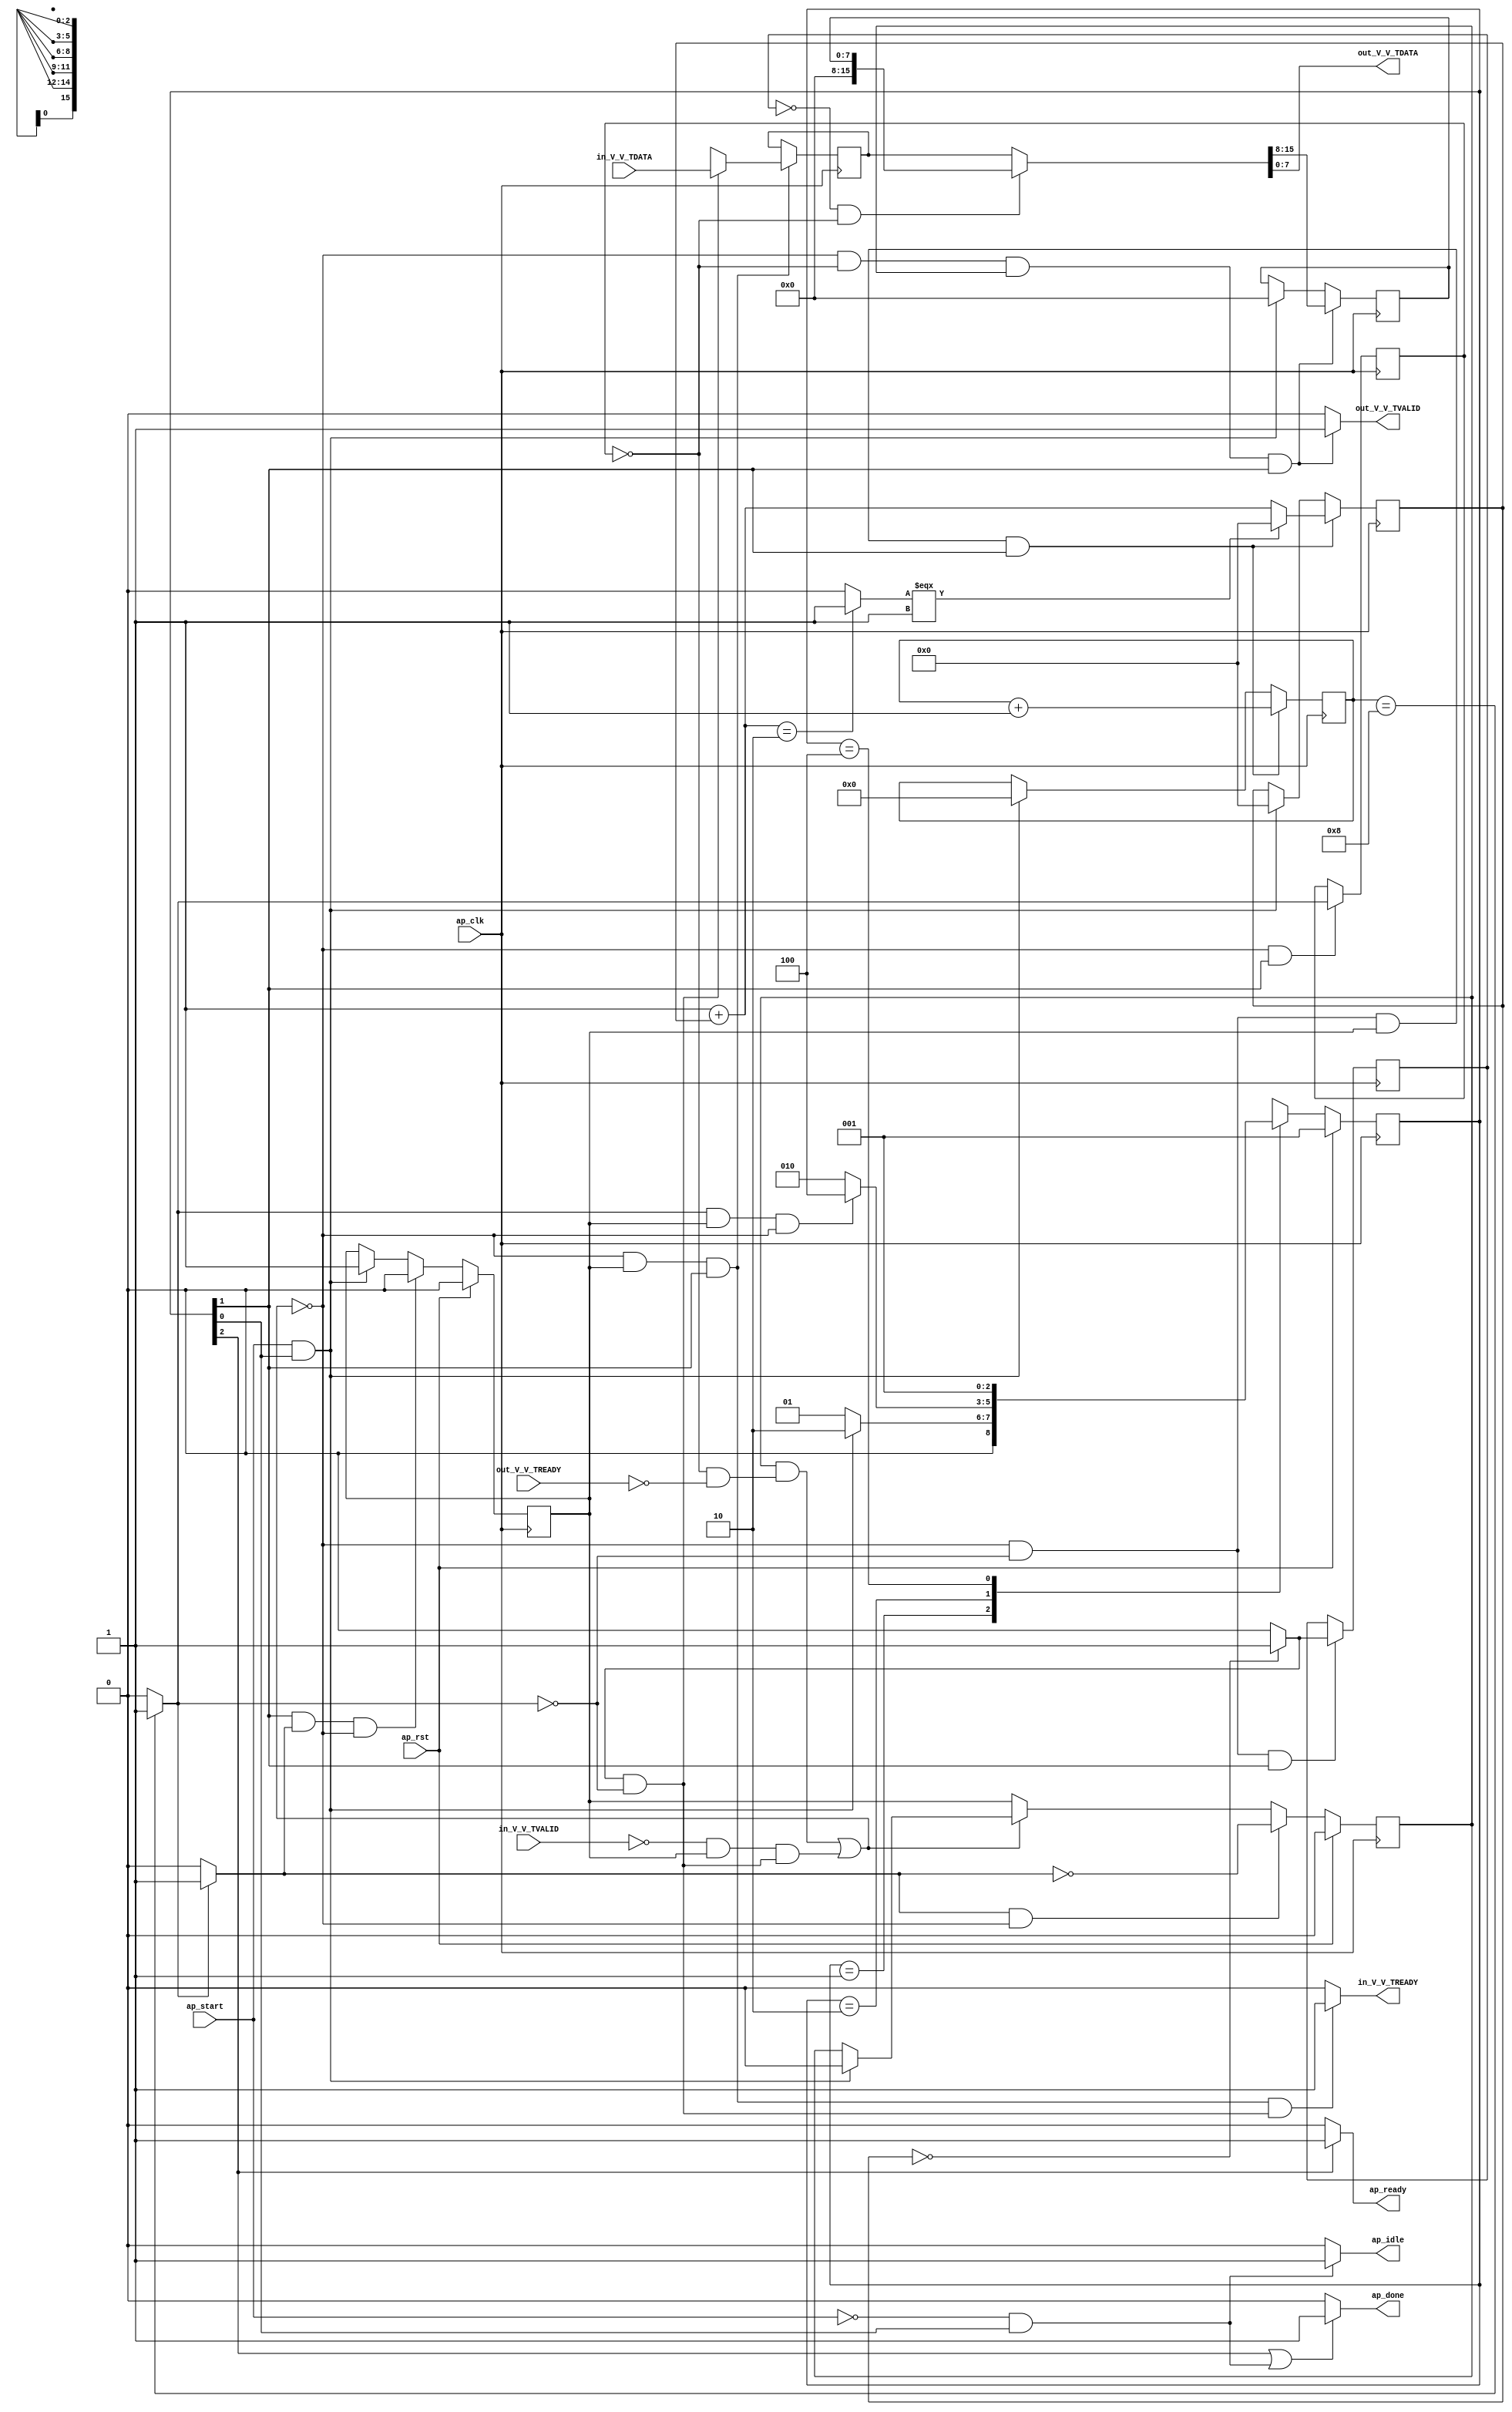
// ==============================================================
// RTL generated by Vivado(TM) HLS - High-Level Synthesis from C, C++ and OpenCL
// Version: 2020.1
// Copyright (C) 1986-2020 Xilinx, Inc. All Rights Reserved.
// 
// ===========================================================

`timescale 1 ns / 1 ps 

module StreamingDataWidthConverter_Batch_0_StreamingDataWidthCo_1 (
        ap_clk,
        ap_rst,
        ap_start,
        ap_done,
        ap_idle,
        ap_ready,
        in_V_V_TDATA,
        in_V_V_TVALID,
        in_V_V_TREADY,
        out_V_V_TDATA,
        out_V_V_TVALID,
        out_V_V_TREADY
);

parameter    ap_ST_fsm_state1 = 3'd1;
parameter    ap_ST_fsm_pp0_stage0 = 3'd2;
parameter    ap_ST_fsm_state4 = 3'd4;

input   ap_clk;
input   ap_rst;
input   ap_start;
output   ap_done;
output   ap_idle;
output   ap_ready;
input  [15:0] in_V_V_TDATA;
input   in_V_V_TVALID;
output   in_V_V_TREADY;
output  [7:0] out_V_V_TDATA;
output   out_V_V_TVALID;
input   out_V_V_TREADY;

reg ap_done;
reg ap_idle;
reg ap_ready;
reg in_V_V_TREADY;
reg out_V_V_TVALID;

(* fsm_encoding = "none" *) reg   [2:0] ap_CS_fsm;
wire    ap_CS_fsm_state1;
reg    in_V_V_TDATA_blk_n;
wire    ap_CS_fsm_pp0_stage0;
reg    ap_enable_reg_pp0_iter0;
wire    ap_block_pp0_stage0;
wire   [0:0] icmp_ln476_fu_104_p2;
wire   [0:0] icmp_ln479_fu_116_p2;
reg    out_V_V_TDATA_blk_n;
reg    ap_enable_reg_pp0_iter1;
reg   [0:0] icmp_ln476_reg_162;
reg   [7:0] p_025_0_reg_61;
reg   [31:0] o_0_reg_73;
reg   [3:0] t_0_reg_84;
reg    ap_predicate_op16_read_state2;
reg    ap_block_state2_pp0_stage0_iter0;
wire    ap_block_state3_pp0_stage0_iter1;
reg    ap_block_state3_io;
reg    ap_block_pp0_stage0_11001;
wire   [3:0] t_fu_110_p2;
reg   [0:0] icmp_ln479_reg_171;
wire   [31:0] select_ln490_fu_134_p3;
reg    ap_block_pp0_stage0_subdone;
reg    ap_condition_pp0_exit_iter0_state2;
reg   [15:0] ap_phi_mux_p_Val2_s_phi_fu_98_p4;
wire   [15:0] ap_phi_reg_pp0_iter0_p_Val2_s_reg_95;
reg   [15:0] ap_phi_reg_pp0_iter1_p_Val2_s_reg_95;
wire   [15:0] zext_ln476_fu_142_p1;
reg    ap_block_pp0_stage0_01001;
wire   [31:0] o_fu_122_p2;
wire   [0:0] icmp_ln490_fu_128_p2;
wire    ap_CS_fsm_state4;
reg   [2:0] ap_NS_fsm;
reg    ap_idle_pp0;
wire    ap_enable_pp0;
reg    ap_condition_86;

// power-on initialization
initial begin
#0 ap_CS_fsm = 3'd1;
#0 ap_enable_reg_pp0_iter0 = 1'b0;
#0 ap_enable_reg_pp0_iter1 = 1'b0;
end

always @ (posedge ap_clk) begin
    if (ap_rst == 1'b1) begin
        ap_CS_fsm <= ap_ST_fsm_state1;
    end else begin
        ap_CS_fsm <= ap_NS_fsm;
    end
end

always @ (posedge ap_clk) begin
    if (ap_rst == 1'b1) begin
        ap_enable_reg_pp0_iter0 <= 1'b0;
    end else begin
        if (((1'b1 == ap_CS_fsm_pp0_stage0) & (1'b1 == ap_condition_pp0_exit_iter0_state2) & (1'b0 == ap_block_pp0_stage0_subdone))) begin
            ap_enable_reg_pp0_iter0 <= 1'b0;
        end else if (((ap_start == 1'b1) & (1'b1 == ap_CS_fsm_state1))) begin
            ap_enable_reg_pp0_iter0 <= 1'b1;
        end
    end
end

always @ (posedge ap_clk) begin
    if (ap_rst == 1'b1) begin
        ap_enable_reg_pp0_iter1 <= 1'b0;
    end else begin
        if (((1'b1 == ap_condition_pp0_exit_iter0_state2) & (1'b0 == ap_block_pp0_stage0_subdone))) begin
            ap_enable_reg_pp0_iter1 <= (1'b1 ^ ap_condition_pp0_exit_iter0_state2);
        end else if ((1'b0 == ap_block_pp0_stage0_subdone)) begin
            ap_enable_reg_pp0_iter1 <= ap_enable_reg_pp0_iter0;
        end else if (((ap_start == 1'b1) & (1'b1 == ap_CS_fsm_state1))) begin
            ap_enable_reg_pp0_iter1 <= 1'b0;
        end
    end
end

always @ (posedge ap_clk) begin
    if ((1'b1 == ap_condition_86)) begin
        if (((icmp_ln479_fu_116_p2 == 1'd1) & (icmp_ln476_fu_104_p2 == 1'd0))) begin
            ap_phi_reg_pp0_iter1_p_Val2_s_reg_95 <= in_V_V_TDATA;
        end else if ((1'b1 == 1'b1)) begin
            ap_phi_reg_pp0_iter1_p_Val2_s_reg_95 <= ap_phi_reg_pp0_iter0_p_Val2_s_reg_95;
        end
    end
end

always @ (posedge ap_clk) begin
    if (((1'b0 == ap_block_pp0_stage0_11001) & (icmp_ln476_fu_104_p2 == 1'd0) & (ap_enable_reg_pp0_iter0 == 1'b1) & (1'b1 == ap_CS_fsm_pp0_stage0))) begin
        o_0_reg_73 <= select_ln490_fu_134_p3;
    end else if (((ap_start == 1'b1) & (1'b1 == ap_CS_fsm_state1))) begin
        o_0_reg_73 <= 32'd0;
    end
end

always @ (posedge ap_clk) begin
    if (((1'b0 == ap_block_pp0_stage0_11001) & (icmp_ln476_reg_162 == 1'd0) & (ap_enable_reg_pp0_iter1 == 1'b1) & (1'b1 == ap_CS_fsm_pp0_stage0))) begin
        p_025_0_reg_61 <= {{ap_phi_mux_p_Val2_s_phi_fu_98_p4[15:8]}};
    end else if (((ap_start == 1'b1) & (1'b1 == ap_CS_fsm_state1))) begin
        p_025_0_reg_61 <= 8'd0;
    end
end

always @ (posedge ap_clk) begin
    if (((1'b0 == ap_block_pp0_stage0_11001) & (icmp_ln476_fu_104_p2 == 1'd0) & (ap_enable_reg_pp0_iter0 == 1'b1) & (1'b1 == ap_CS_fsm_pp0_stage0))) begin
        t_0_reg_84 <= t_fu_110_p2;
    end else if (((ap_start == 1'b1) & (1'b1 == ap_CS_fsm_state1))) begin
        t_0_reg_84 <= 4'd0;
    end
end

always @ (posedge ap_clk) begin
    if (((1'b0 == ap_block_pp0_stage0_11001) & (1'b1 == ap_CS_fsm_pp0_stage0))) begin
        icmp_ln476_reg_162 <= icmp_ln476_fu_104_p2;
    end
end

always @ (posedge ap_clk) begin
    if (((1'b0 == ap_block_pp0_stage0_11001) & (icmp_ln476_fu_104_p2 == 1'd0) & (1'b1 == ap_CS_fsm_pp0_stage0))) begin
        icmp_ln479_reg_171 <= icmp_ln479_fu_116_p2;
    end
end

always @ (*) begin
    if ((icmp_ln476_fu_104_p2 == 1'd1)) begin
        ap_condition_pp0_exit_iter0_state2 = 1'b1;
    end else begin
        ap_condition_pp0_exit_iter0_state2 = 1'b0;
    end
end

always @ (*) begin
    if (((1'b1 == ap_CS_fsm_state4) | ((ap_start == 1'b0) & (1'b1 == ap_CS_fsm_state1)))) begin
        ap_done = 1'b1;
    end else begin
        ap_done = 1'b0;
    end
end

always @ (*) begin
    if (((ap_start == 1'b0) & (1'b1 == ap_CS_fsm_state1))) begin
        ap_idle = 1'b1;
    end else begin
        ap_idle = 1'b0;
    end
end

always @ (*) begin
    if (((ap_enable_reg_pp0_iter1 == 1'b0) & (ap_enable_reg_pp0_iter0 == 1'b0))) begin
        ap_idle_pp0 = 1'b1;
    end else begin
        ap_idle_pp0 = 1'b0;
    end
end

always @ (*) begin
    if (((icmp_ln479_reg_171 == 1'd0) & (icmp_ln476_reg_162 == 1'd0))) begin
        ap_phi_mux_p_Val2_s_phi_fu_98_p4 = zext_ln476_fu_142_p1;
    end else begin
        ap_phi_mux_p_Val2_s_phi_fu_98_p4 = ap_phi_reg_pp0_iter1_p_Val2_s_reg_95;
    end
end

always @ (*) begin
    if ((1'b1 == ap_CS_fsm_state4)) begin
        ap_ready = 1'b1;
    end else begin
        ap_ready = 1'b0;
    end
end

always @ (*) begin
    if (((icmp_ln479_fu_116_p2 == 1'd1) & (icmp_ln476_fu_104_p2 == 1'd0) & (1'b0 == ap_block_pp0_stage0) & (ap_enable_reg_pp0_iter0 == 1'b1) & (1'b1 == ap_CS_fsm_pp0_stage0))) begin
        in_V_V_TDATA_blk_n = in_V_V_TVALID;
    end else begin
        in_V_V_TDATA_blk_n = 1'b1;
    end
end

always @ (*) begin
    if (((1'b0 == ap_block_pp0_stage0_11001) & (ap_enable_reg_pp0_iter0 == 1'b1) & (1'b1 == ap_CS_fsm_pp0_stage0) & (ap_predicate_op16_read_state2 == 1'b1))) begin
        in_V_V_TREADY = 1'b1;
    end else begin
        in_V_V_TREADY = 1'b0;
    end
end

always @ (*) begin
    if (((icmp_ln476_reg_162 == 1'd0) & (1'b0 == ap_block_pp0_stage0) & (ap_enable_reg_pp0_iter1 == 1'b1) & (1'b1 == ap_CS_fsm_pp0_stage0))) begin
        out_V_V_TDATA_blk_n = out_V_V_TREADY;
    end else begin
        out_V_V_TDATA_blk_n = 1'b1;
    end
end

always @ (*) begin
    if (((1'b0 == ap_block_pp0_stage0_11001) & (icmp_ln476_reg_162 == 1'd0) & (ap_enable_reg_pp0_iter1 == 1'b1) & (1'b1 == ap_CS_fsm_pp0_stage0))) begin
        out_V_V_TVALID = 1'b1;
    end else begin
        out_V_V_TVALID = 1'b0;
    end
end

always @ (*) begin
    case (ap_CS_fsm)
        ap_ST_fsm_state1 : begin
            if (((ap_start == 1'b1) & (1'b1 == ap_CS_fsm_state1))) begin
                ap_NS_fsm = ap_ST_fsm_pp0_stage0;
            end else begin
                ap_NS_fsm = ap_ST_fsm_state1;
            end
        end
        ap_ST_fsm_pp0_stage0 : begin
            if (~((icmp_ln476_fu_104_p2 == 1'd1) & (ap_enable_reg_pp0_iter0 == 1'b1) & (1'b0 == ap_block_pp0_stage0_subdone))) begin
                ap_NS_fsm = ap_ST_fsm_pp0_stage0;
            end else if (((icmp_ln476_fu_104_p2 == 1'd1) & (ap_enable_reg_pp0_iter0 == 1'b1) & (1'b0 == ap_block_pp0_stage0_subdone))) begin
                ap_NS_fsm = ap_ST_fsm_state4;
            end else begin
                ap_NS_fsm = ap_ST_fsm_pp0_stage0;
            end
        end
        ap_ST_fsm_state4 : begin
            ap_NS_fsm = ap_ST_fsm_state1;
        end
        default : begin
            ap_NS_fsm = 'bx;
        end
    endcase
end

assign ap_CS_fsm_pp0_stage0 = ap_CS_fsm[32'd1];

assign ap_CS_fsm_state1 = ap_CS_fsm[32'd0];

assign ap_CS_fsm_state4 = ap_CS_fsm[32'd2];

assign ap_block_pp0_stage0 = ~(1'b1 == 1'b1);

always @ (*) begin
    ap_block_pp0_stage0_01001 = ((in_V_V_TVALID == 1'b0) & (ap_enable_reg_pp0_iter0 == 1'b1) & (ap_predicate_op16_read_state2 == 1'b1));
end

always @ (*) begin
    ap_block_pp0_stage0_11001 = (((ap_enable_reg_pp0_iter1 == 1'b1) & (1'b1 == ap_block_state3_io)) | ((in_V_V_TVALID == 1'b0) & (ap_enable_reg_pp0_iter0 == 1'b1) & (ap_predicate_op16_read_state2 == 1'b1)));
end

always @ (*) begin
    ap_block_pp0_stage0_subdone = (((ap_enable_reg_pp0_iter1 == 1'b1) & (1'b1 == ap_block_state3_io)) | ((in_V_V_TVALID == 1'b0) & (ap_enable_reg_pp0_iter0 == 1'b1) & (ap_predicate_op16_read_state2 == 1'b1)));
end

always @ (*) begin
    ap_block_state2_pp0_stage0_iter0 = ((in_V_V_TVALID == 1'b0) & (ap_predicate_op16_read_state2 == 1'b1));
end

always @ (*) begin
    ap_block_state3_io = ((icmp_ln476_reg_162 == 1'd0) & (out_V_V_TREADY == 1'b0));
end

assign ap_block_state3_pp0_stage0_iter1 = ~(1'b1 == 1'b1);

always @ (*) begin
    ap_condition_86 = ((1'b0 == ap_block_pp0_stage0_11001) & (ap_enable_reg_pp0_iter0 == 1'b1) & (1'b1 == ap_CS_fsm_pp0_stage0));
end

assign ap_enable_pp0 = (ap_idle_pp0 ^ 1'b1);

assign ap_phi_reg_pp0_iter0_p_Val2_s_reg_95 = 'bx;

always @ (*) begin
    ap_predicate_op16_read_state2 = ((icmp_ln479_fu_116_p2 == 1'd1) & (icmp_ln476_fu_104_p2 == 1'd0));
end

assign icmp_ln476_fu_104_p2 = ((t_0_reg_84 == 4'd8) ? 1'b1 : 1'b0);

assign icmp_ln479_fu_116_p2 = ((o_0_reg_73 == 32'd0) ? 1'b1 : 1'b0);

assign icmp_ln490_fu_128_p2 = ((o_fu_122_p2 == 32'd2) ? 1'b1 : 1'b0);

assign o_fu_122_p2 = (32'd1 + o_0_reg_73);

assign out_V_V_TDATA = ap_phi_mux_p_Val2_s_phi_fu_98_p4[7:0];

assign select_ln490_fu_134_p3 = ((icmp_ln490_fu_128_p2[0:0] === 1'b1) ? 32'd0 : o_fu_122_p2);

assign t_fu_110_p2 = (t_0_reg_84 + 4'd1);

assign zext_ln476_fu_142_p1 = p_025_0_reg_61;

endmodule //StreamingDataWidthConverter_Batch_0_StreamingDataWidthCo_1